Vaccine operations Central Provinces & Berar 1912-1920 - 1912-1920
Year: 1912
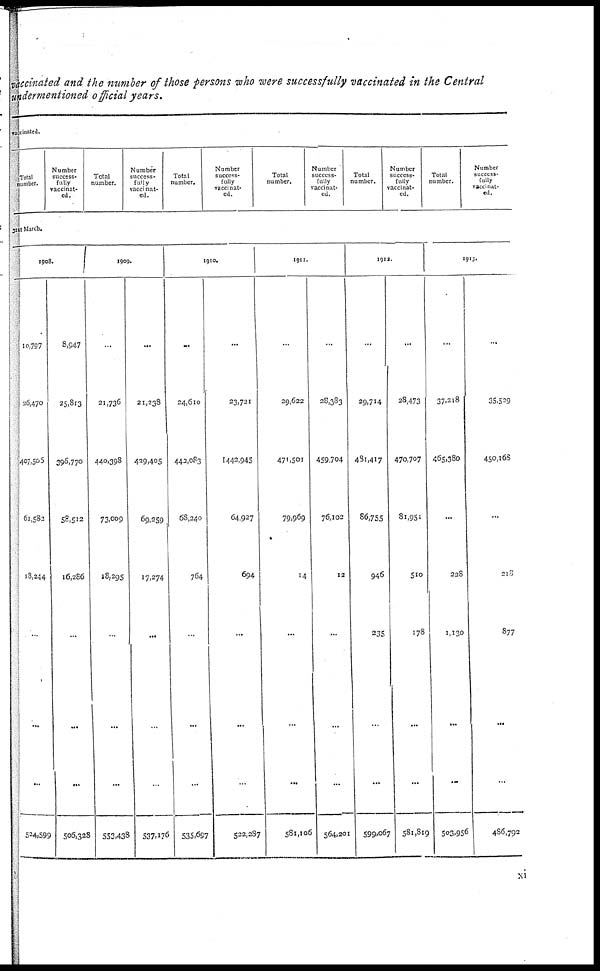
vaccinated and the number of those persons who were successfully vaccinated in the Central
undermentioned official years.
Vaccinated.
Total
number.
Number
success-
fully
vaccinat-
ed.
Total
number.
Number
success-
fully
vaccinat-
ed.
Total
number.
Number
success-
fully
vaccinat-
ed.
Total
number.
Number
success-
fully
vaccinat-
ed.
Total
number.
Number
success-
fully
vaccinat-
ed.
Total
number.
Number
success-
fully
vaccinat-
ed.
31st March.
1908.
10,797
26,470
407,505
61,582
18,244
...
...
...
524,599
8,947
25,813
396,770
58,512
16,286
...
...
...
506,328
1909.
...
21,736
440,398
73,009
18,295
...
...
...
553,438
...
21,238
429,405
69,259
17,274
...
...
...
537,176
1910.
...
24,610
443,083
68,240
764
...
...
...
535,697
...
23,731
442,945
64,927
694
...
...
...
522,287
1911.
...
29,622
471,501
79,969
14
...
...
...
581,106
...
28,383
459,704
76,102
12
...
...
...
564,201
1912.
...
29,714
481,417
86,755
946
235
...
...
599,067
...
28,473
470,707
81,951
510
178
...
...
581,819
1913.
...
37,218
465,380
...
228
1,130
...
...
503,956
...
35,529
450,168
...
218
877
...
...
486,792
xi